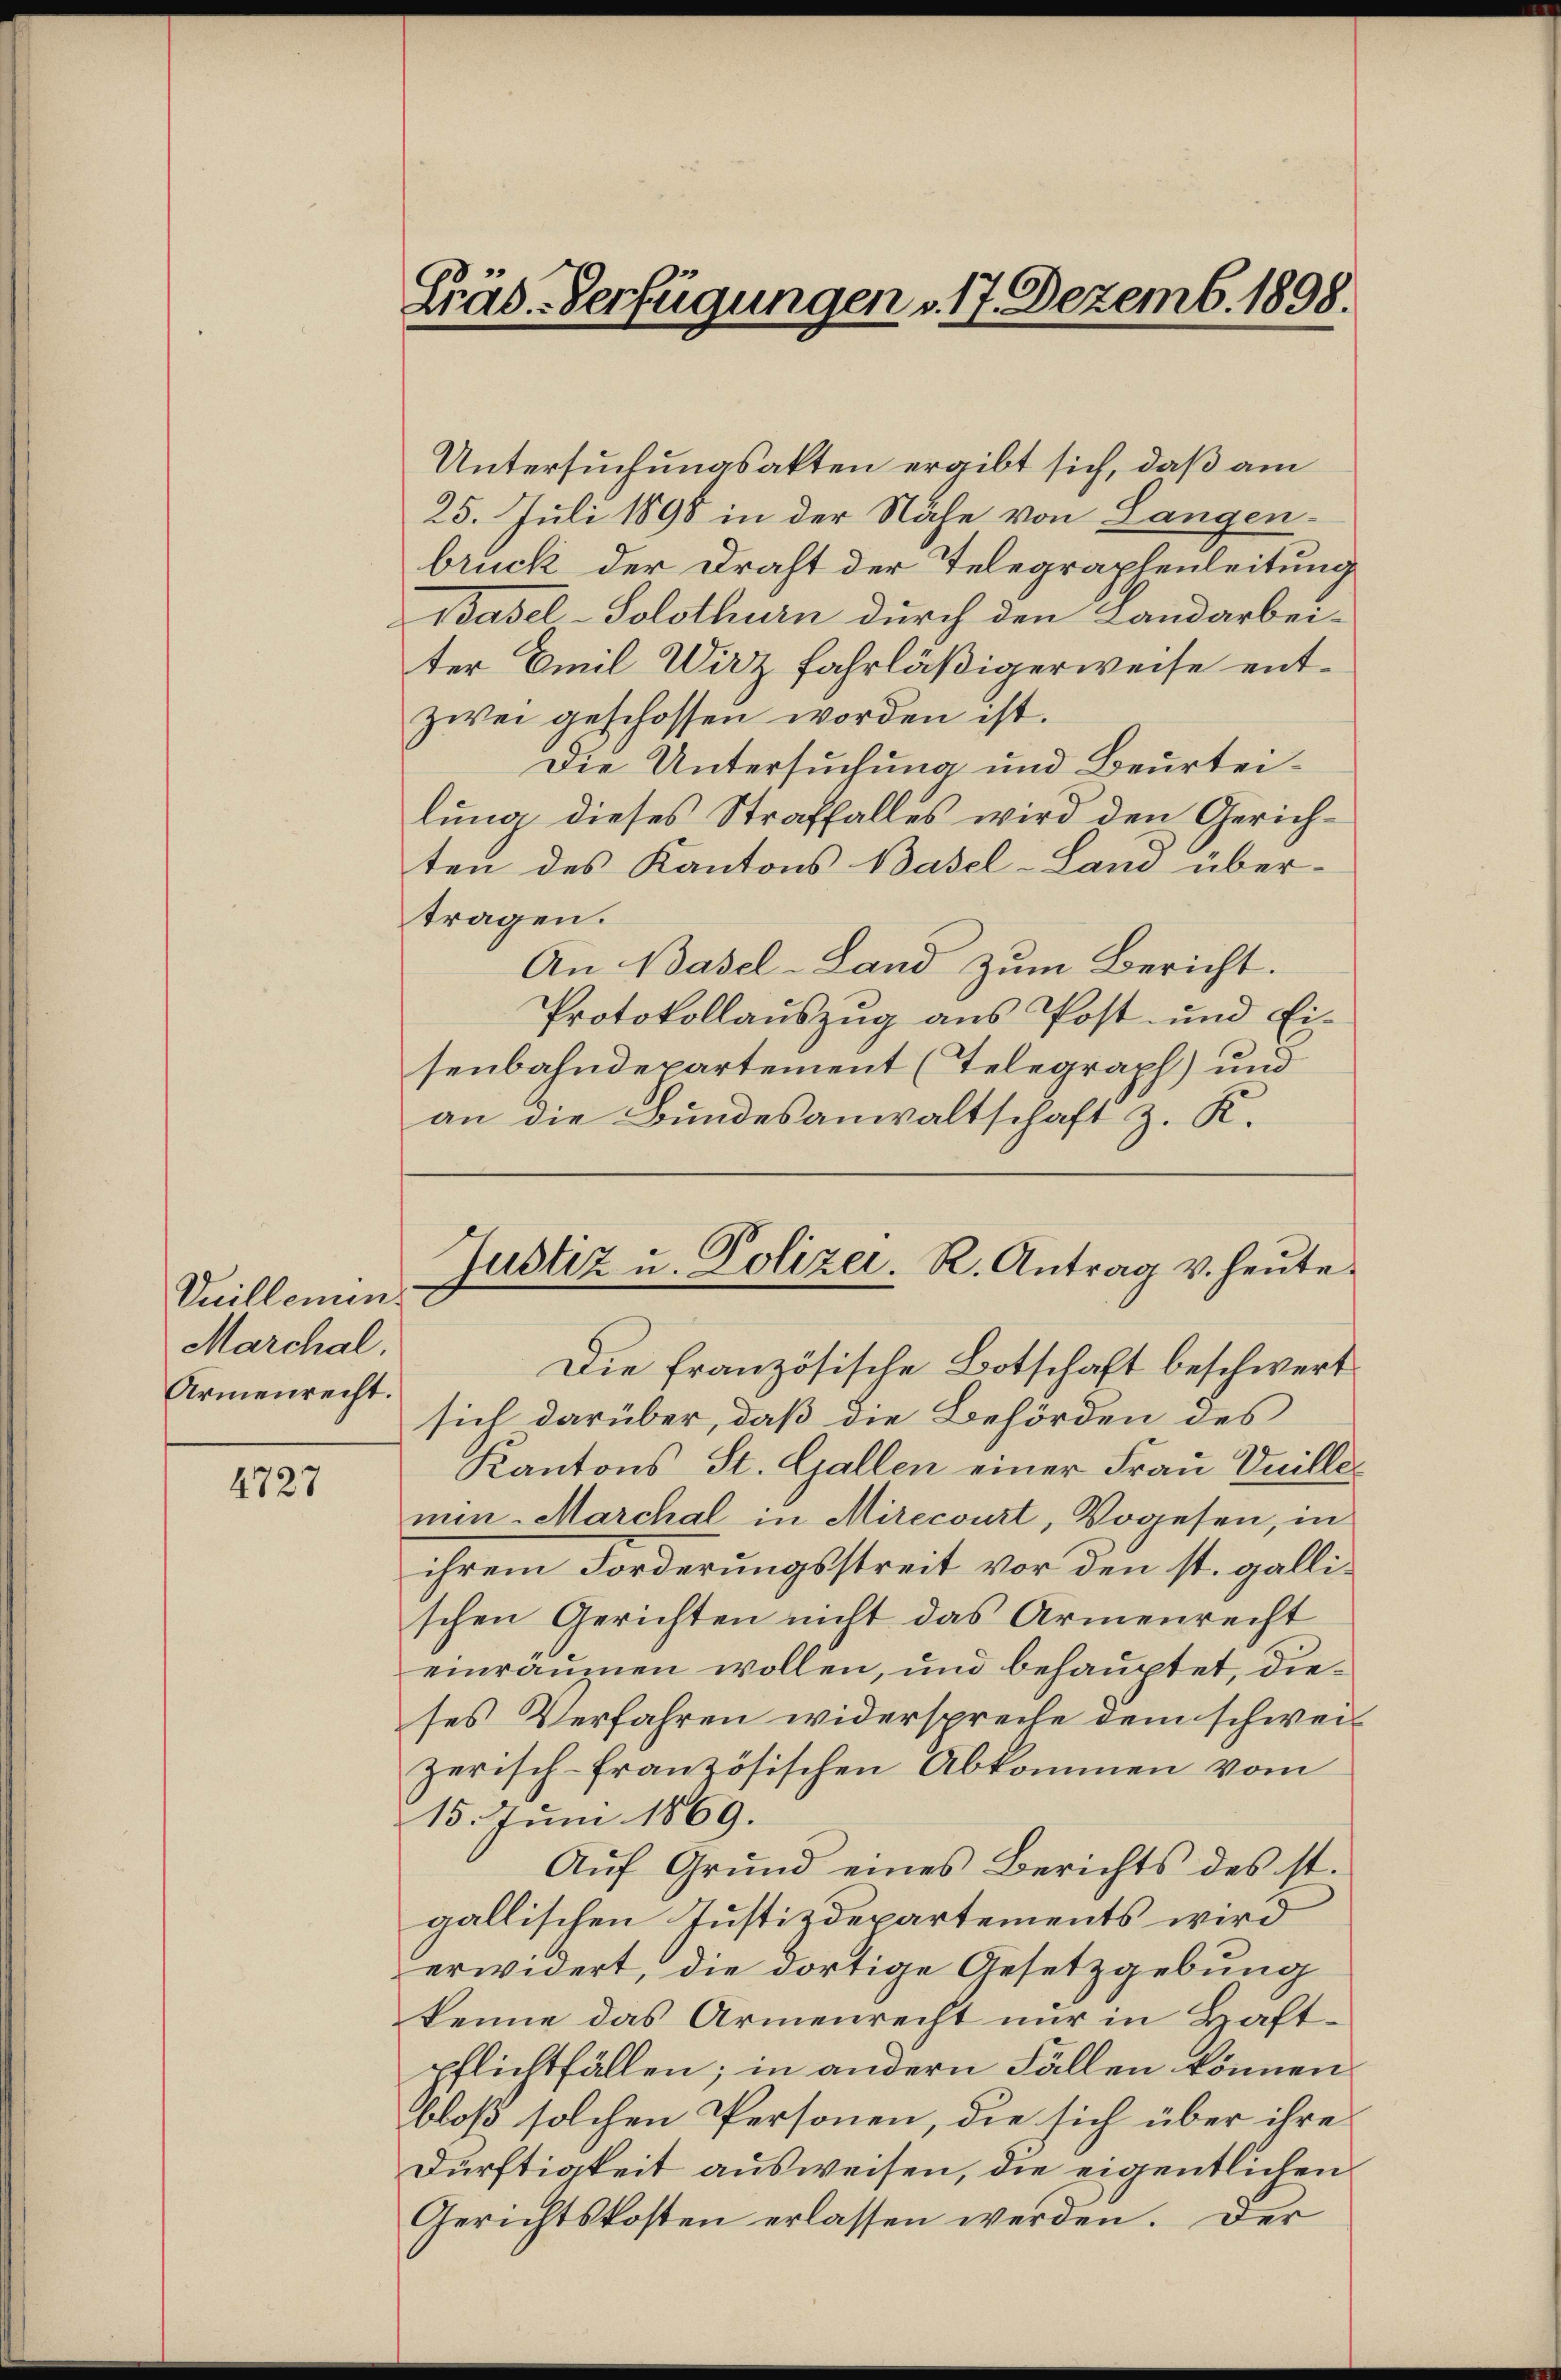
Vuillemen.
Marchal.
Armenrecht.

4727

Lräd-Verfügungen v. 17. Dezemb. 1898.

Untersuchungsakten ergibt sich, daß am
25. Juli 1898 in der Nähe von Langen-
bruck der Draht der Telegraphenleitung
Basel-Solothurn durch den Landarbei-
ter Emil Wirz fahrläßigerweise entzwei geschossen worden ist.
Die Untersuchung und Beurteilung dieses Straffalles wird den Gerichten des Kantons Basel-Land über-
tragen.
An Basel-Land zum Bericht.
Protokollauszug aus Post- und Ei-
senbahndepartement (Telegraph) und
an die Bundesanwaltschaft z. K.

Die französische Botschaft beschwert
sich darüber, daß die Behörden des
Kantons St. Gallen einer Frau Vnille
men. Marchal in Mirecourt, Vogesen, in
ihrem Forderungsstreit vor den st. gallischen Gerichten nicht das Armenrecht
einraumen wollen, und behauptet, dieses Verfahren widerspreche dem schweizerisch-französischen Abkommen vom
15. Juni 1869.
Auf Grund eines Berichts des ist.
gallischen Justizdepartements wird
erwidert, die dortige Gesetzgebung
kenne das Armenrecht nur in Haftpflichtfällen; in andern Fällen können
bloß solchen Personen, die sich über ihre
Dürftigkeit ausweisen, die eigentlichen
Gerichtskosten erlassen werden. Der

Justiz u. Polizei. R. Antrag v. heute.